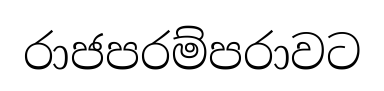
රාජපරම්පරාවට